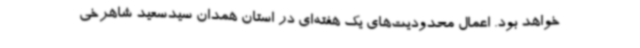
خواهد بود. اعمال محدودیت‌های یک هفته‌ای در استان همدان سیدسعید شاهرخی